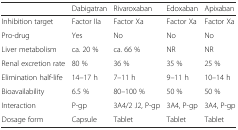
<table><thead><tr><td></td><td><b>Dabigatran</b></td><td><b>Rivaroxaban</b></td><td><b>Edoxaban</b></td><td><b>Apixaban</b></td></tr></thead><tbody><tr><td>Inhibition target</td><td>Factor IIa</td><td>Factor Xa</td><td>Factor Xa</td><td>Factor Xa</td></tr><tr><td>Pro-drug</td><td>Yes</td><td>No</td><td>No</td><td>No</td></tr><tr><td>Liver metabolism</td><td>ca. 20 %</td><td>ca. 66 %</td><td>NR</td><td>NR</td></tr><tr><td>Renal excretion rate</td><td>80 %</td><td>36 %</td><td>35 %</td><td>25 %</td></tr><tr><td>Elimination half-life</td><td>14–17 h</td><td>7–11 h</td><td>9–11 h</td><td>10–14 h</td></tr><tr><td>Bioavailability</td><td>6.5 %</td><td>80–100 %</td><td>50 %</td><td>50 %</td></tr><tr><td>Interaction</td><td>P-gp</td><td>3A4/2 J2, P-gp</td><td>3A4, P-gp</td><td>3A4, P-gp</td></tr><tr><td>Dosage form</td><td>Capsule</td><td>Tablet</td><td>Tablet</td><td>Tablet</td></tr></tbody></table>